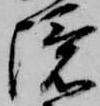
境